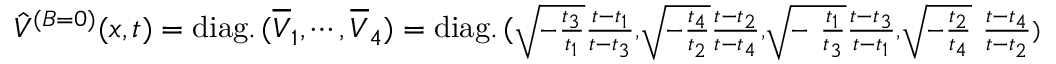
\hat { V } ^ { ( B = 0 ) } ( x , t ) = \mathrm { d i a g . } \, ( \overline { { { V } } } _ { 1 } , \cdots , \overline { { { V } } } _ { 4 } ) = \mathrm { d i a g . } \, ( \scriptstyle { { \sqrt { - { \frac { t _ { 3 } } { t _ { 1 } } } } { \frac { t - t _ { 1 } } { t - t _ { 3 } } } , \sqrt { - { \frac { t _ { 4 } } { t _ { 2 } } } } { \frac { t - t _ { 2 } } { t - t _ { 4 } } } , \sqrt { - { \ \frac { t _ { 1 } } { t _ { 3 } } } } { \frac { t - t _ { 3 } } { t - t _ { 1 } } } , \sqrt { - { \frac { t _ { 2 } } { t _ { 4 } } } } { \ \frac { t - t _ { 4 } } { t - t _ { 2 } } } } } )